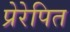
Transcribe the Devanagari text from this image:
प्रेरेपित